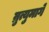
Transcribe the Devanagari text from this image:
म्रुत्युमागे